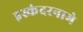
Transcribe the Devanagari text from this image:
इस्कंदरनामे